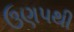
ઉણપથી